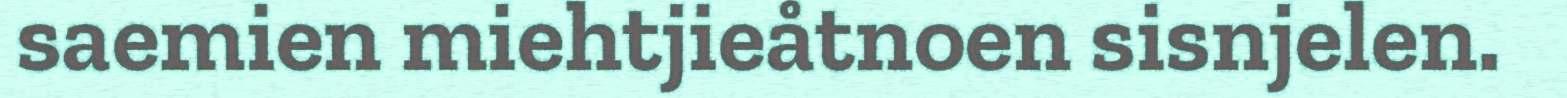
saemien miehtjieåtnoen sisnjelen.